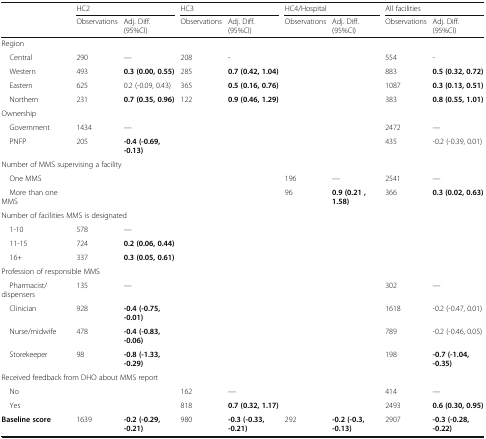
<table><thead><tr><td rowspan="2"></td><td colspan="2"><b>HC2</b></td><td colspan="2"><b>HC3</b></td><td colspan="2"><b>HC4/Hospital</b></td><td colspan="2"><b>All facilities</b></td></tr><tr><td><b>Observations</b></td><td><b>Adj. Diff. (95%CI)</b></td><td><b>Observations</b></td><td><b>Adj. Diff. (95%CI)</b></td><td><b>Observations</b></td><td><b>Adj. Diff. (95%CI)</b></td><td><b>Observations</b></td><td><b>Adj. Diff. (95%CI)</b></td></tr></thead><tbody><tr><td colspan="9">Region</td></tr><tr><td> Central</td><td>290</td><td>—</td><td>208</td><td>-</td><td></td><td></td><td>554</td><td>-</td></tr><tr><td> Western</td><td>493</td><td><b>0.3 (0.00, 0.55)</b></td><td>285</td><td><b>0.7 (0.42, 1.04)</b></td><td></td><td></td><td>883</td><td><b>0.5 (0.32, 0.72)</b></td></tr><tr><td> Eastern</td><td>625</td><td>0.2 (-0.09, 0.43)</td><td>365</td><td><b>0.5 (0.16, 0.76)</b></td><td></td><td></td><td>1087</td><td><b>0.3 (0.13, 0.51)</b></td></tr><tr><td> Northern</td><td>231</td><td><b>0.7 (0.35, 0.96)</b></td><td>122</td><td><b>0.9 (0.46, 1.29)</b></td><td></td><td></td><td>383</td><td><b>0.8 (0.55, 1.01)</b></td></tr><tr><td colspan="9">Ownership</td></tr><tr><td> Government</td><td>1434</td><td>—</td><td></td><td></td><td></td><td></td><td>2472</td><td>—</td></tr><tr><td> PNFP</td><td>205</td><td><b>-0.4 (-0.69, -0.13)</b></td><td></td><td></td><td></td><td></td><td>435</td><td>-0.2 (-0.39, 0.01)</td></tr><tr><td colspan="9">Number of MMS supervising a facility</td></tr><tr><td> One MMS</td><td></td><td></td><td></td><td></td><td>196</td><td>—</td><td>2541</td><td>—</td></tr><tr><td> More than one MMS</td><td></td><td></td><td></td><td></td><td>96</td><td><b>0.9 (0.21 , 1.58)</b></td><td>366</td><td><b>0.3 (0.02, 0.63)</b></td></tr><tr><td colspan="9">Number of facilities MMS is designated</td></tr><tr><td> 1-10</td><td>578</td><td>—</td><td></td><td></td><td></td><td></td><td></td><td></td></tr><tr><td> 11-15</td><td>724</td><td><b>0.2 (0.06, 0.44)</b></td><td></td><td></td><td></td><td></td><td></td><td></td></tr><tr><td> 16+</td><td>337</td><td><b>0.3 (0.05, 0.61)</b></td><td></td><td></td><td></td><td></td><td></td><td></td></tr><tr><td colspan="9">Profession of responsible MMS</td></tr><tr><td> Pharmacist/dispensers</td><td>135</td><td>—</td><td></td><td></td><td></td><td></td><td>302</td><td>—</td></tr><tr><td> Clinician</td><td>928</td><td><b>-0.4 (-0.75, -0.01)</b></td><td></td><td></td><td></td><td></td><td>1618</td><td>-0.2 (-0.47, 0.01)</td></tr><tr><td> Nurse/midwife</td><td>478</td><td><b>-0.4 (-0.83, -0.06)</b></td><td></td><td></td><td></td><td></td><td>789</td><td>-0.2 (-0.46, 0.05)</td></tr><tr><td> Storekeeper</td><td>98</td><td><b>-0.8 (-1.33, -0.29)</b></td><td></td><td></td><td></td><td></td><td>198</td><td><b>-0.7 (-1.04, -0.35)</b></td></tr><tr><td colspan="9">Received feedback from DHO about MMS report</td></tr><tr><td> No</td><td></td><td></td><td>162</td><td>—</td><td></td><td></td><td>414</td><td>—</td></tr><tr><td> Yes</td><td></td><td></td><td>818</td><td><b>0.7 (0.32, 1.17)</b></td><td></td><td></td><td>2493</td><td><b>0.6 (0.30, 0.95)</b></td></tr><tr><td><b>Baseline score</b></td><td>1639</td><td><b>-0.2 (-0.29, -0.21)</b></td><td>980</td><td><b>-0.3 (-0.33, -0.21)</b></td><td>292</td><td><b>-0.2 (-0.3, -0.13)</b></td><td>2907</td><td><b>-0.3 (-0.28, -0.22)</b></td></tr></tbody></table>